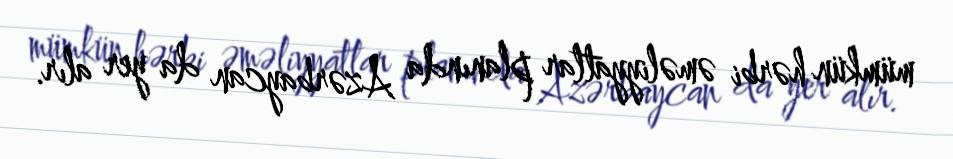
mümkün hərbi əməliyyatlar planında Azərbaycan da yer alır.